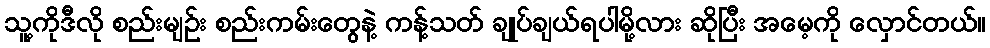
သူ့ကိုဒီလို စည်းမျဉ်း စည်းကမ်းတွေနဲ့ ကန့်သတ် ချုပ်ချယ်ရပါမို့လား ဆိုပြီး အမေ့ကို လှောင်တယ်။